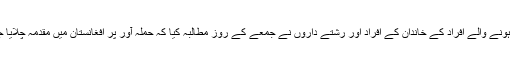
ہلاک ہونے والے افراد کے خاندان کے افراد اور رشتے داروں نے جمعے کے روز مطالبہ کیا کہ حملہ آور پر افغانستان میں مقدمہ چلایا جائے۔